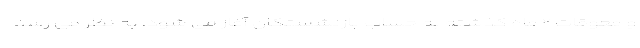
و معوقات ۲ ماه گذشته به حساب بازنشستگان آغاز می شود. به نظر می رسد